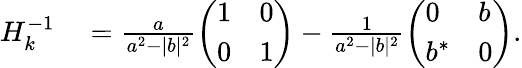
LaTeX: \begin{array}{rl}{H_{k}^{-1}}&{{}=\frac{a}{a^{2}-|b|^{2}}\left(\begin{array}{ll}{1}&{0}\\ {0}&{1}\end{array}\right)-\frac{1}{a^{2}-|b|^{2}}\left(\begin{array}{ll}{0}&{b}\\ {b^{*}}&{0}\end{array}\right).}\end{array}